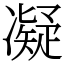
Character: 凝